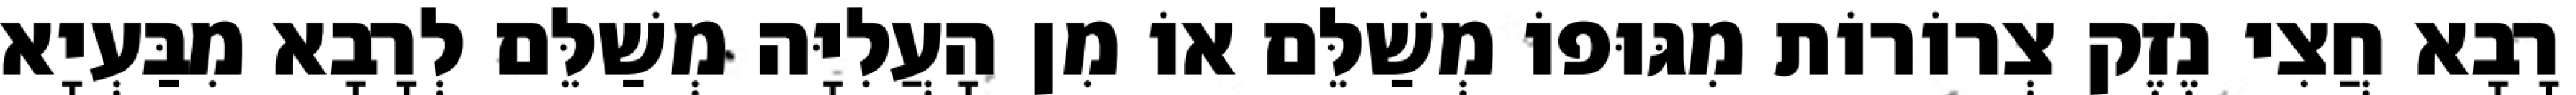
רָבָא חֲצִי נֶזֶק צְרוֹרוֹת מִגּוּפוֹ מְשַׁלֵּם אוֹ מִן הָעֲלִיָּה מְשַׁלֵּם לְרָבָא מִבַּעְיָא